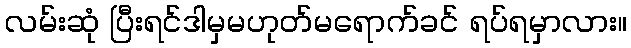
လမ်းဆုံ ပြီးရင်ဒါမှမဟုတ်မရောက်ခင် ရပ်ရမှာလား။